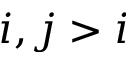
i , j > i